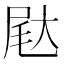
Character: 𰍺